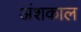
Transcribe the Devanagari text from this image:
अंशकाल